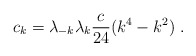
\begin{align*}c_k=\lambda_{-k}\lambda_k{c\over24}(k^4-k^2) \ .\end{align*}